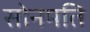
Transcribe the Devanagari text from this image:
सोनमति